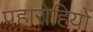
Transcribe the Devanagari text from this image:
पहारोहियों